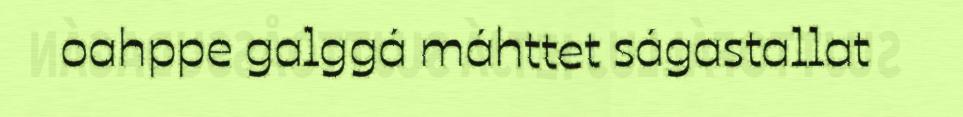
oahppe galggá máhttet ságastallat